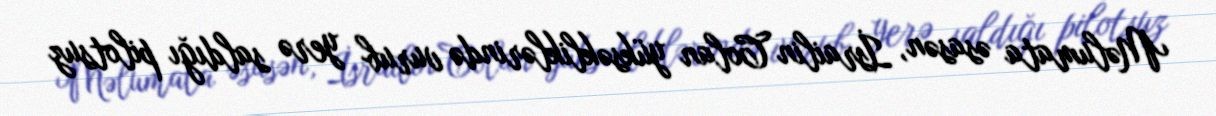
Məlumata əsasən, İsrailin Colan yüksəkliklərində vurub yerə saldığı pilotsuz